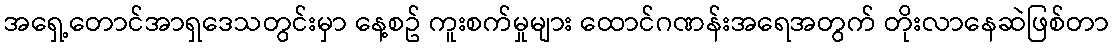
အရှေ့တောင်အာရှဒေသတွင်းမှာ နေ့စဥ် ကူးစက်မှုများ ထောင်ဂဏန်းအရေအတွက် တိုးလာနေဆဲဖြစ်တာ